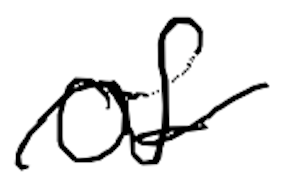
Text: of
Cross-out: wave
Writing tool: digital_black